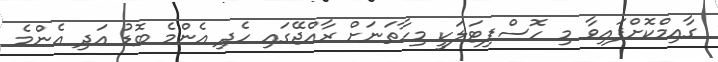
ގާއިމްކޮށްފައިވާ މި ހޮސްޕިޓަލަކީ މިހާތަނަށް ރާއްޖޭގައި ހެދި އެންމެ ބޮޑު އަދި އެންމެ